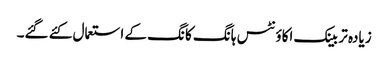
زیادہ تر بینک اکاؤنٹس ہانگ کانگ کے استعمال کئے گئے۔